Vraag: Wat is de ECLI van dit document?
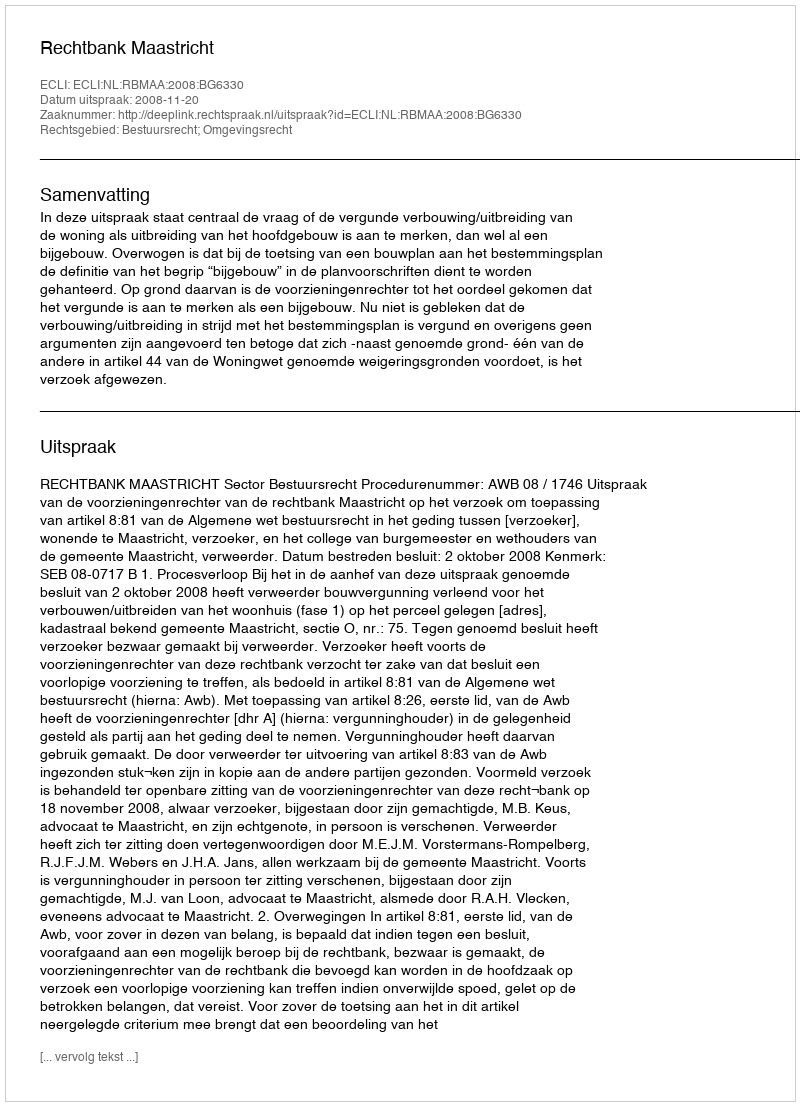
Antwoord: ECLI:NL:RBMAA:2008:BG6330